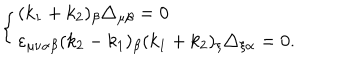
\left\{ \begin{array} { l } { { ( k _ { 1 } + k _ { 2 } ) _ { \beta } \triangle _ { \mu \beta } = 0 } } \\ { { \varepsilon _ { \mu \nu \alpha \beta } ( k _ { 2 } - k _ { 1 } ) _ { \beta } ( k _ { 1 } + k _ { 2 } ) _ { \xi } \triangle _ { \xi \alpha } = 0 . } } \\ \end{array} \right.